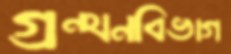
গ্রন্থনবিভাগ